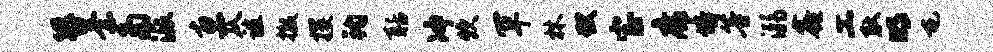
簪柰多派惠仄谊撤攫钧聒冲炊罕林狱宝席培等溺鑫工耿明屯